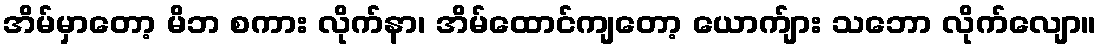
အိမ်မှာတော့ မိဘ စကား လိုက်နာ၊ အိမ်ထောင်ကျတော့ ယောက်ျား သဘော လိုက်လျော။